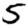
Digit: 5